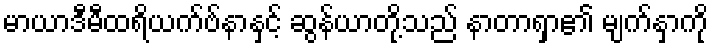
မာယာဒီမီထရိယက်ဗ်နာနှင့် ဆွန်ယာတို့သည် နာတာရှာ၏ မျက်နှာကို